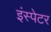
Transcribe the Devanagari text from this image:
इंस्पेटर